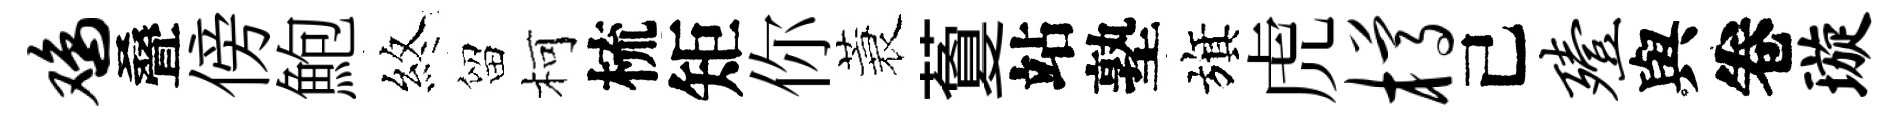
鸡叠傍鮑煞留柯梳矩你蓑藑站塾旗虎樽己殪與卷璇